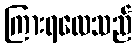
ကြားရလေသည်